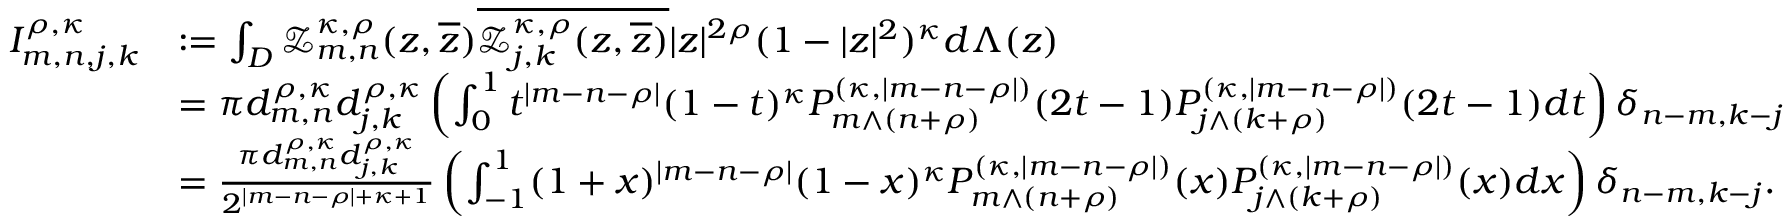
\begin{array} { r l } { I _ { m , n , j , k } ^ { \rho , \kappa } } & { : = \int _ { D } \mathcal { Z } _ { m , n } ^ { \kappa , \rho } ( z , \overline { { z } } ) \overline { { \mathcal { Z } _ { j , k } ^ { \kappa , \rho } ( z , \overline { { z } } ) } } | z | ^ { 2 \rho } ( 1 - \vert z \vert ^ { 2 } ) ^ { \kappa } d \Lambda ( z ) } \\ & { = \pi d _ { m , n } ^ { \rho , \kappa } d _ { j , k } ^ { \rho , \kappa } \left( \int _ { 0 } ^ { 1 } t ^ { | m - n - \rho | } ( 1 - t ) ^ { \kappa } P _ { m \wedge ( n + \rho ) } ^ { ( \kappa , | m - n - \rho | ) } ( 2 t - 1 ) P _ { j \wedge ( k + \rho ) } ^ { ( \kappa , | m - n - \rho | ) } ( 2 t - 1 ) d t \right) \delta _ { n - m , k - j } } \\ & { = \frac { \pi d _ { m , n } ^ { \rho , \kappa } d _ { j , k } ^ { \rho , \kappa } } { 2 ^ { | m - n - \rho | + \kappa + 1 } } \left( \int _ { - 1 } ^ { 1 } ( 1 + x ) ^ { | m - n - \rho | } ( 1 - x ) ^ { \kappa } P _ { m \wedge ( n + \rho ) } ^ { ( \kappa , | m - n - \rho | ) } ( x ) P _ { j \wedge ( k + \rho ) } ^ { ( \kappa , | m - n - \rho | ) } ( x ) d x \right) \delta _ { n - m , k - j } . } \end{array}